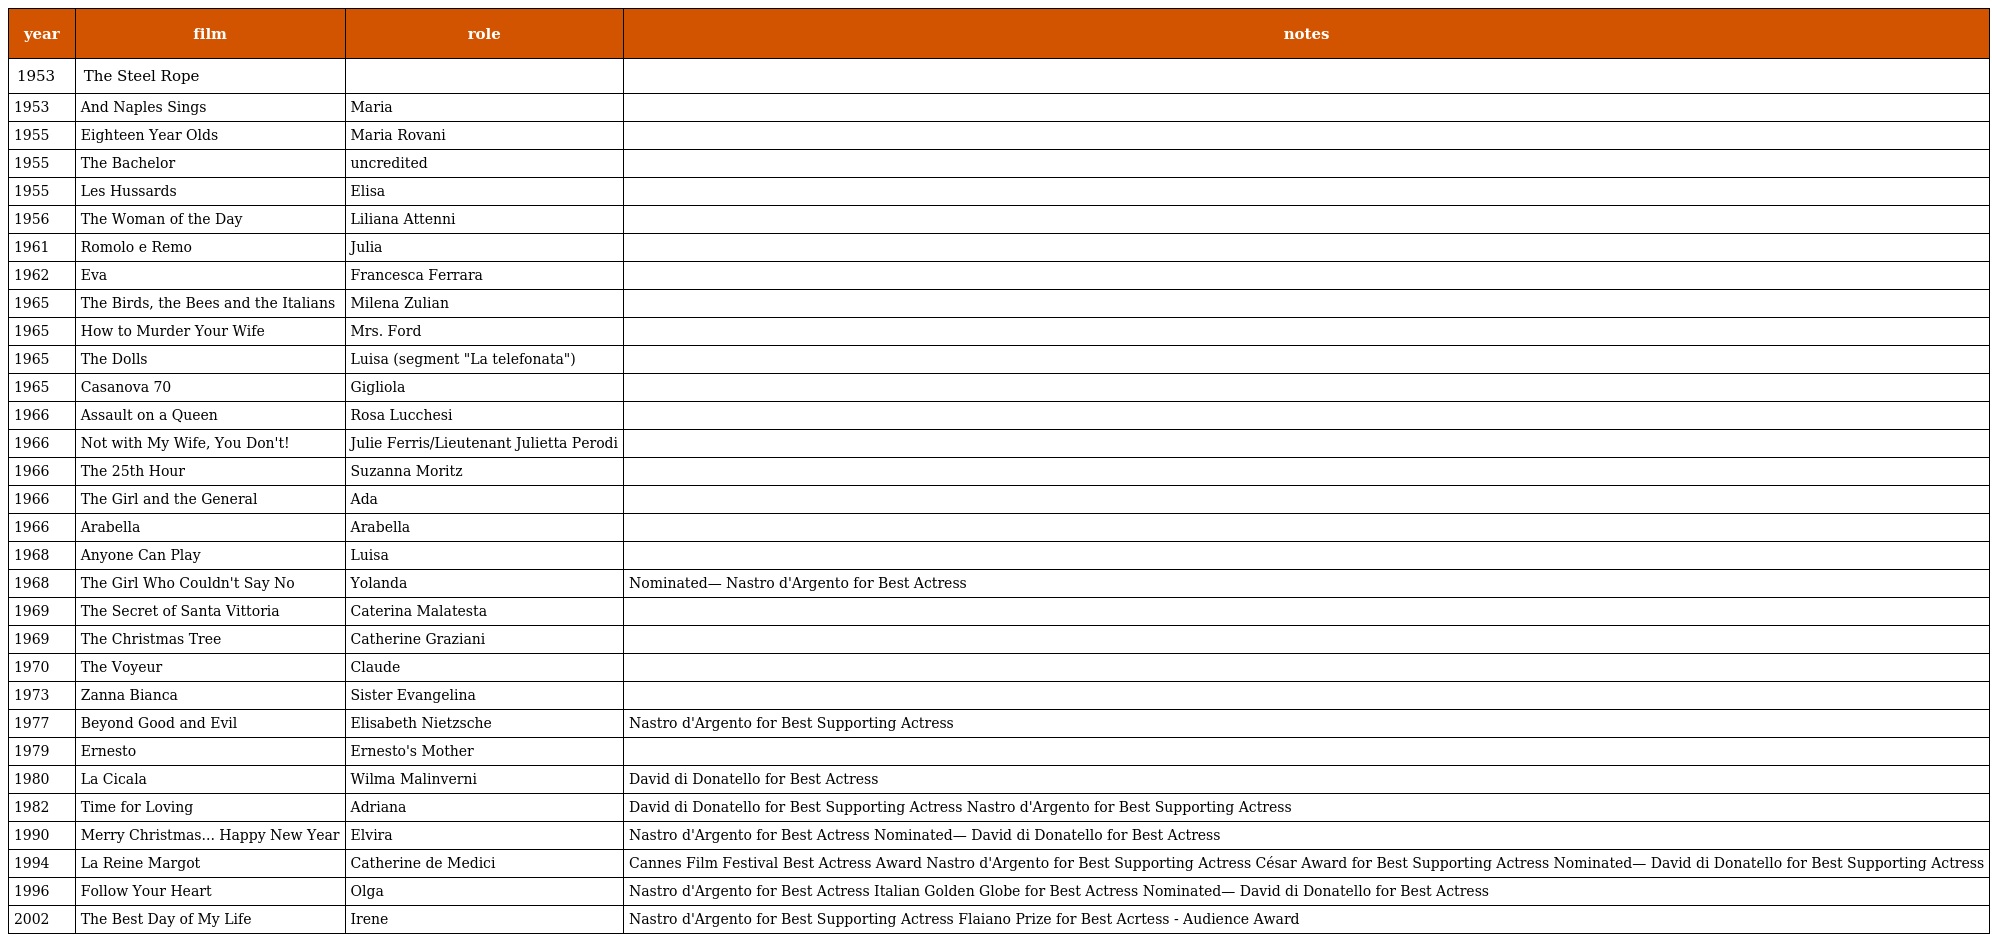
| year | film | role | notes |
 | --- | --- | --- | --- |
 | 1953 | The Steel Rope |  |  |
 | 1953 | And Naples Sings | Maria |  |
 | 1955 | Eighteen Year Olds | Maria Rovani |  |
 | 1955 | The Bachelor | uncredited |  |
 | 1955 | Les Hussards | Elisa |  |
 | 1956 | The Woman of the Day | Liliana Attenni |  |
 | 1961 | Romolo e Remo | Julia |  |
 | 1962 | Eva | Francesca Ferrara |  |
 | 1965 | The Birds, the Bees and the Italians | Milena Zulian |  |
 | 1965 | How to Murder Your Wife | Mrs. Ford |  |
 | 1965 | The Dolls | Luisa (segment "La telefonata") |  |
 | 1965 | Casanova 70 | Gigliola |  |
 | 1966 | Assault on a Queen | Rosa Lucchesi |  |
 | 1966 | Not with My Wife, You Don't! | Julie Ferris/Lieutenant Julietta Perodi |  |
 | 1966 | The 25th Hour | Suzanna Moritz |  |
 | 1966 | The Girl and the General | Ada |  |
 | 1966 | Arabella | Arabella |  |
 | 1968 | Anyone Can Play | Luisa |  |
 | 1968 | The Girl Who Couldn't Say No | Yolanda | Nominated— Nastro d'Argento for Best Actress |
 | 1969 | The Secret of Santa Vittoria | Caterina Malatesta |  |
 | 1969 | The Christmas Tree | Catherine Graziani |  |
 | 1970 | The Voyeur | Claude |  |
 | 1973 | Zanna Bianca | Sister Evangelina |  |
 | 1977 | Beyond Good and Evil | Elisabeth Nietzsche | Nastro d'Argento for Best Supporting Actress |
 | 1979 | Ernesto | Ernesto's Mother |  |
 | 1980 | La Cicala | Wilma Malinverni | David di Donatello for Best Actress |
 | 1982 | Time for Loving | Adriana | David di Donatello for Best Supporting Actress Nastro d'Argento for Best Supporting Actress |
 | 1990 | Merry Christmas... Happy New Year | Elvira | Nastro d'Argento for Best Actress Nominated— David di Donatello for Best Actress |
 | 1994 | La Reine Margot | Catherine de Medici | Cannes Film Festival Best Actress Award Nastro d'Argento for Best Supporting Actress César Award for Best Supporting Actress Nominated— David di Donatello for Best Supporting Actress |
 | 1996 | Follow Your Heart | Olga | Nastro d'Argento for Best Actress Italian Golden Globe for Best Actress Nominated— David di Donatello for Best Actress |
 | 2002 | The Best Day of My Life | Irene | Nastro d'Argento for Best Supporting Actress Flaiano Prize for Best Acrtess - Audience Award |